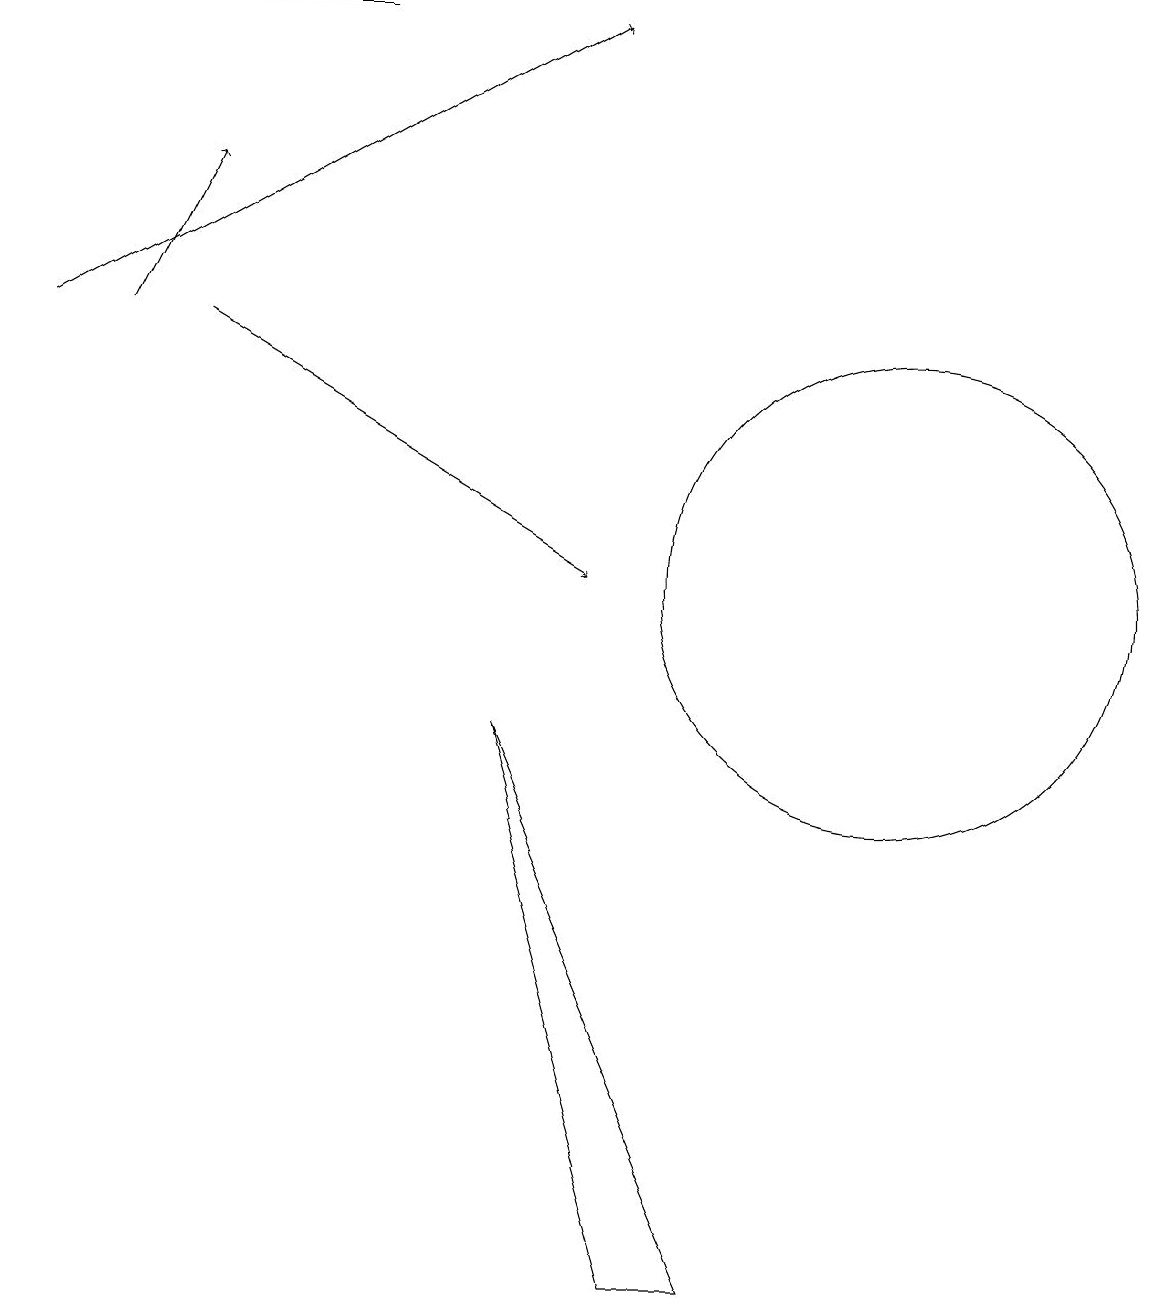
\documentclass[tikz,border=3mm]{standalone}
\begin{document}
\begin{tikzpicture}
\draw (9,1) -- (8,1) -- (6,8) -- cycle;
\draw (1,17) rectangle (4,17);
\draw[->] (1,13) -- (2,15);
\draw (11,10) circle (3);
\draw[->] (0,13) -- (7,17);
\draw[->] (2,13) -- (7,10);
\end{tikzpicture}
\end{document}